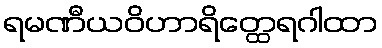
ရမဏီယဝိဟာရိတ္ထေရဂါထာ